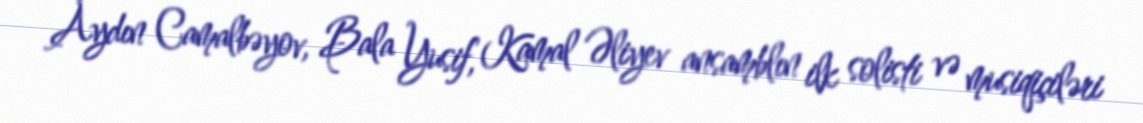
Aydın Camalbəyov, Bala Yusif, Kamal Əliyev ansamblın ilk solisti və musiqiçiləri